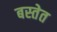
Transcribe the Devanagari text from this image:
बस्तेत